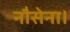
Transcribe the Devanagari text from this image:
नौसेना।